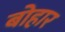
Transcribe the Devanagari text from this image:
बोहार